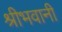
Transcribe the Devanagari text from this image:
श्रीभवानी